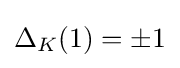
\Delta _{K}(1)=\pm 1